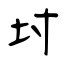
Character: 坿